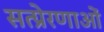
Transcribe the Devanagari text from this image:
सत्प्रेरणाओं